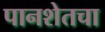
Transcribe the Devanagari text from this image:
पानशेतचा